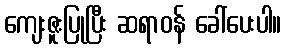
ကျေးဇူးပြုပြီး ဆရာဝန် ခေါ်ပေးပါ။